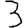
Digit: 3